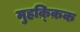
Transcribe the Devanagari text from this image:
मुहक़्क़िक